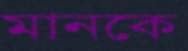
মানকে